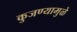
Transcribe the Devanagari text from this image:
कुजण्यामुळे